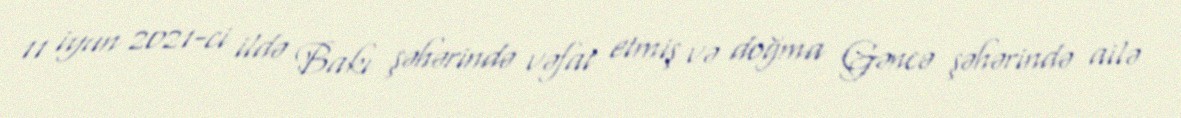
11 iyun 2021-ci ildə Bakı şəhərində vəfat etmiş və doğma Gəncə şəhərində ailə